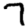
Digit: 7